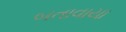
બતાવાયા